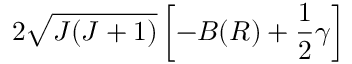
2 \sqrt { J ( J + 1 ) } \left[ - B ( R ) + \frac { 1 } { 2 } \ensuremath { \gamma } \right]